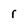
Character: r